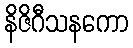
နိဇိဂီသနကော